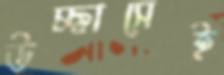
উচ্ছ্বাসেই